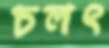
চলৎ